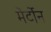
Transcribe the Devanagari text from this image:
मेर्टोन